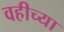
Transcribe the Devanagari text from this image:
वहीच्या